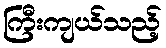
ကြီးကျယ်သည့်